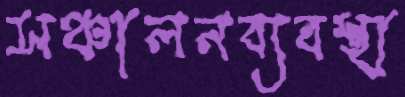
সঞ্চালনব্যবস্থা